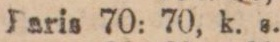
Paris 70: 70, k. s.